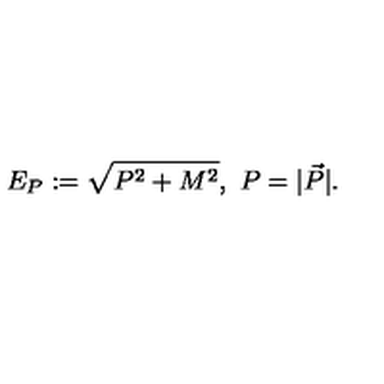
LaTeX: \ E _ { P } : = \sqrt { P ^ { 2 } + M ^ { 2 } } , \ P = | \vec { P } | .